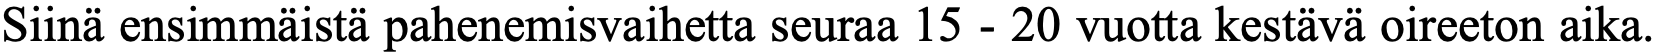
Siinä ensimmäistä pahenemisvaihetta seuraa 15 - 20 vuotta kestävä oireeton aika.